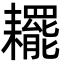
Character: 䎱